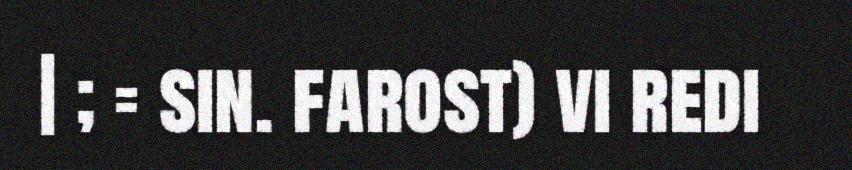
| ; = sin. farost) vi redi